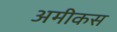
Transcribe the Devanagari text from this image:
अमीकस